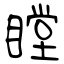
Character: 瞠